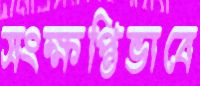
সংক্ষপ্তিভাবে